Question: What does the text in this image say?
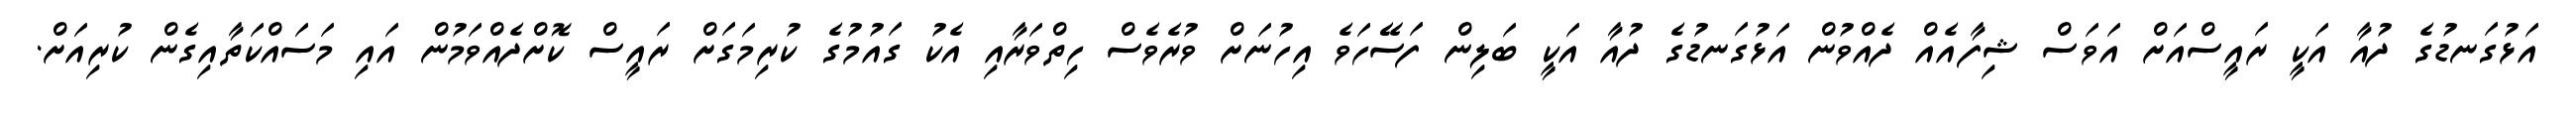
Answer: އަޅުގަނޑުގެ ދުއާ އަކީ ރައީސްއަށް އަވަސް ޝިފާއެއް ދެއްވުން އަޅުގަނޑުގެ ދުއާ އަކީ ބަލިން ފަސޭހަވެ އިހުނަށް ވުރެވެސް ހިތްވަރާއި އެކު ގައުމުގެ ކުރިމަގަށް ރައީސް ކޮށްދެއްވަމުން އައި މަސައްކަތާއިގެން ކުރިއަށް.